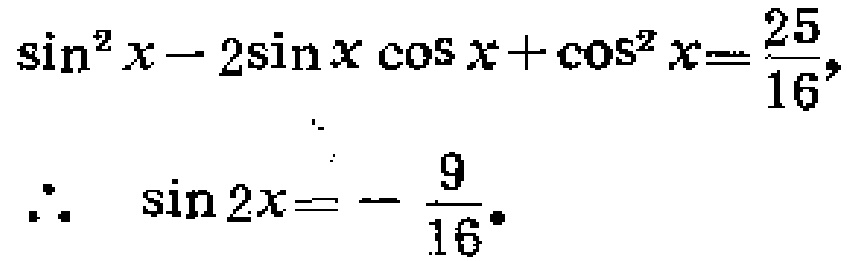
\(\sin^{2}x - 2\sin x\cos x+\cos^{2}x=\frac{25}{16},\)
\(\therefore\ \sin 2x = -\frac{9}{16}.\)